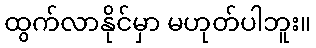
ထွက်လာနိုင်မှာ မဟုတ်ပါဘူး။